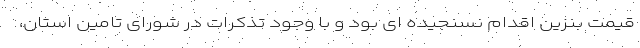
قیمت بنزین اقدام نسنجیده ای بود و با وجود تذکرات در شورای تامین استان،